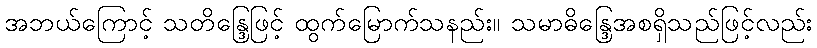
အဘယ်ကြောင့် သတိန္ဒြေဖြင့် ထွက်မြောက်သနည်း။ သမာဓိန္ဒြေအစရှိသည်ဖြင့်လည်း